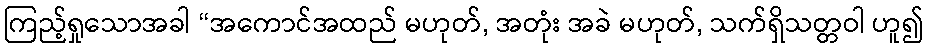
ကြည့်ရှုသောအခါ “အကောင်အထည် မဟုတ်, အတုံး အခဲ မဟုတ်, သက်ရှိသတ္တဝါ ဟူ၍